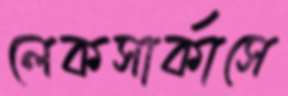
লেকসার্কাসে